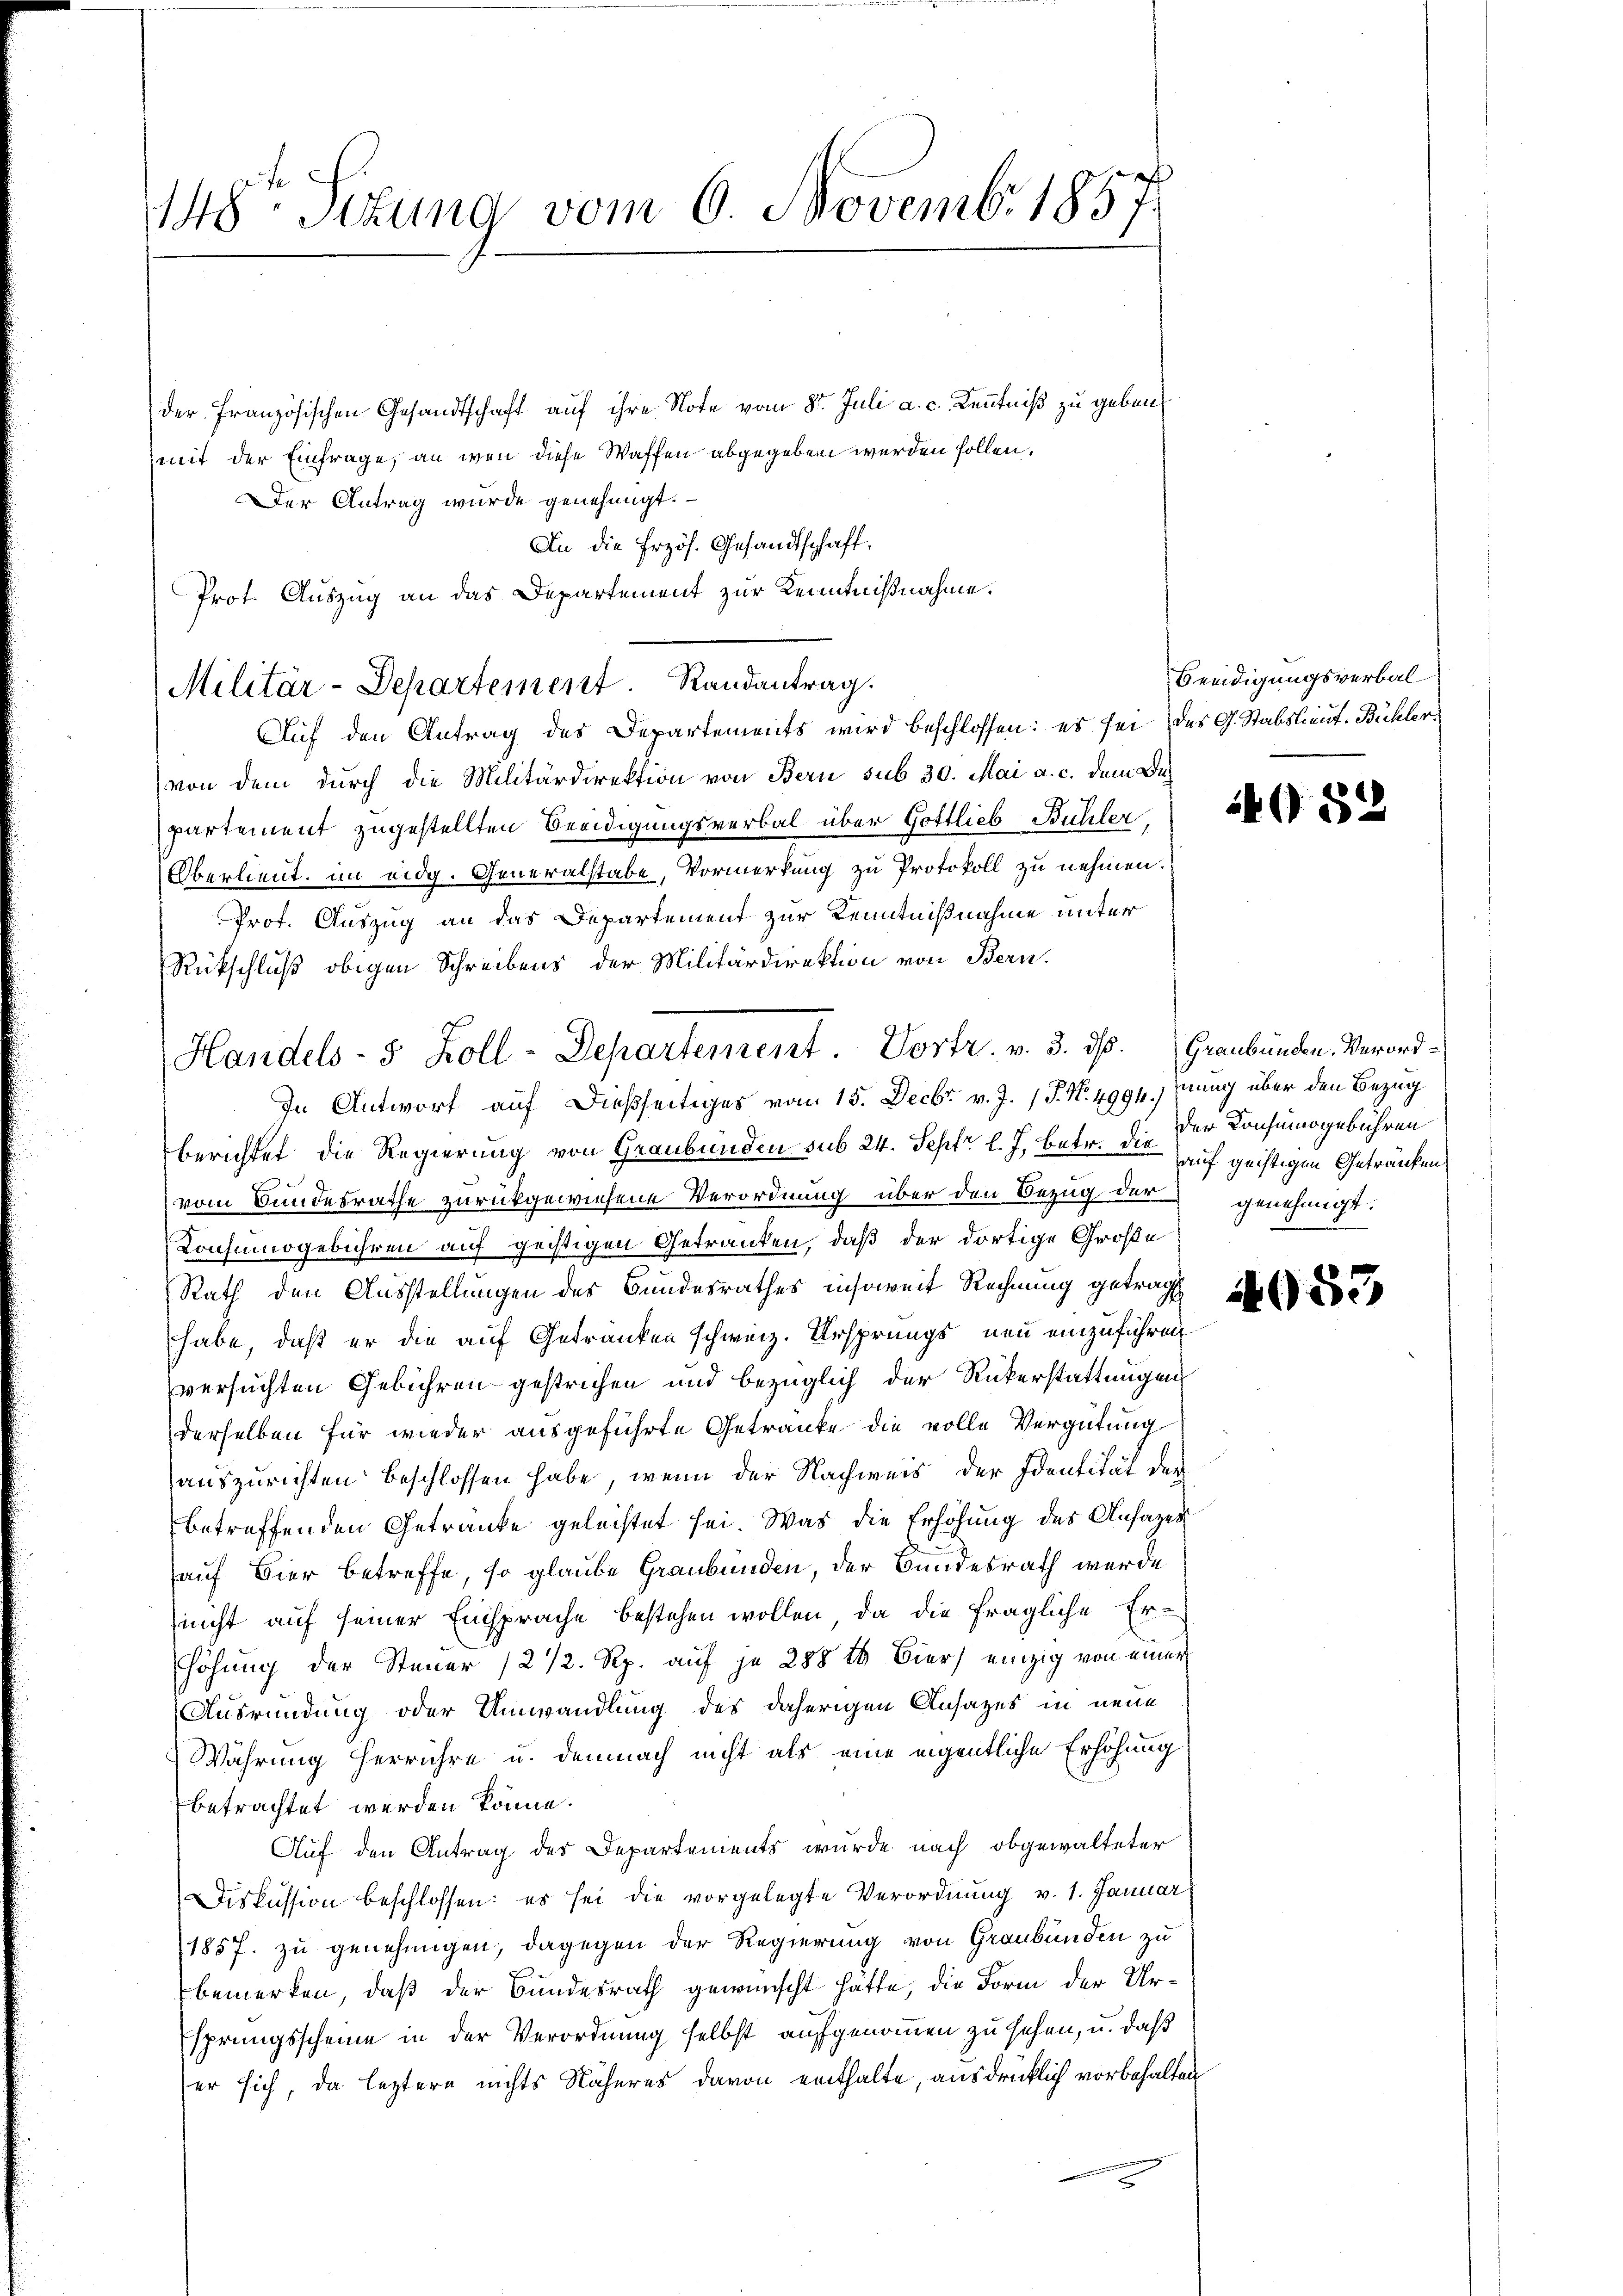
der französischen Gesandtschaft auf ihre Note vom 8t Juli a. c. Kenntniß zu geben
mit der Einfrage, an wen diese Waffen abgegeben werden sollen.
Der Antrag wurde genehmigt.
An die Erzös. Gesandtschaft,
Prot. Auszug an das Departement zur Kenntnißnahme.

148 Sizung vom 6. Novemb. 1857

Militär-Departement. Randantrag.

Auf den Antrag des Departements wird beschlossen: es sei des G. Stabslieut. Bühler
von dem dŭrch die Militärdirektion von Bern sub 30. Mai a. c. dem Anpartement zugestellten Beeidigungsverbal über Gottlieb Bühler
Oberlieut. im eidg. Generalstabe, Vormerkung zu Protokoll zu nehmen.
Prot. Auszug an das Departement zur Kenntnißnahme unter
Rückschluß obigen Schreibens der Militärdirektion von Bern.
In Antwort auf dießseitiges vom 15. Decbr v. J. P. Nr. 4994.nung über den Bezug
berichtet die Regierung von Graubünden sub 24. Sept. l. J. betr. die auf geistigen Getränken
vom Bundesrathe zurückgewiesene Verordnung über den Bezug der genehmigt:
Konsumogebühren auf geistigen Getranken, daß der dortige Große
Rath den Ausstellungen des Bundesrathes insoweit Rechnung getragt
habe, daß er die auf Getranken schweiz. Ursprungs neu einzuführen
versuchten Gebühren gestrichen und bezüglich der Rükerstattungen
derselben für wieder ausgeführte Getränke die volle Vergütung
auszurichten beschlossen habe, wenn der Nachweis der Identität der
betreffenden Getränke geleistet sei. Was die Erhöhung des Ansazes
auf Hier betreffe, so glaube Graubünden, der Bundesrath werde
nicht auf seiner Einsprache bestehen wollen, da die fragliche Er-
höhung der Steuer (2 1/2 Rp. auf je 288 16 Bier einzig von einer
Ausründung oder Umwandlung des daherigen Ansatzes in neue
Währung herrühre u. demnach nicht als eine eigentliche Erhöhung
betrachtet werden könne.
Auf den Antrag des Departements wurde nach obgewalteter
Diskussion beschlossen: es sei die vorgelegte Verordnung v. 1. Januar
1857. zu genehmigen, dagegen der Regierung von Graubünden zu
bemerken, daß der Bundesrath gewünscht hätte, die Form der Ursprungsscheine in der Verordnung selbst aufgenommen zu sehen, u. daß
er sich, da leztere nichts Näheres davon enthalte, ausdrücklich vorbehalten

Handels- 5 Zoll-Departement. Vortr. v. 3. d. Graubünden. Verord¬

Beeidigungsverbal

4082

der Konsumsgebühren

4953